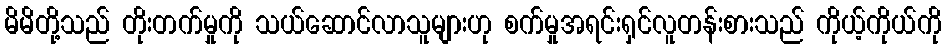
မိမိတို့သည် တိုးတက်မှုကို သယ်ဆောင်လာသူများဟု စက်မှုအရင်းရှင်လူတန်းစားသည် ကိုယ့်ကိုယ်ကို